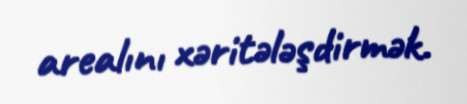
arealını xəritələşdirmək.